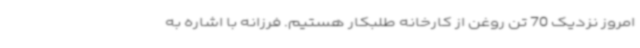
امروز نزدیک 70 تن روغن از کارخانه طلبکار هستیم. فرزانه با اشاره به